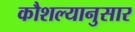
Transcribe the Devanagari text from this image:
कौशल्यानुसार